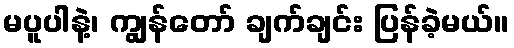
မပူပါနဲ့၊ ကျွန်တော် ချက်ချင်း ပြန်ခဲ့မယ်။